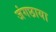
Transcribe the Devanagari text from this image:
जंगछाया